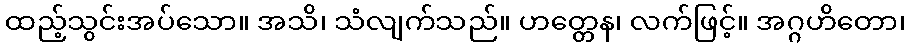
ထည့်သွင်းအပ်သော။ အသိ၊ သံလျက်သည်။ ဟတ္တေန၊ လက်ဖြင့်။ အဂ္ဂဟိတော၊